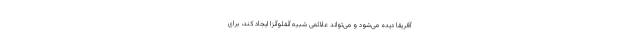
آفریقا دیده می‌شود و می‌تواند علائمی شبیه آنفلوآنزا ایجاد کند، برای